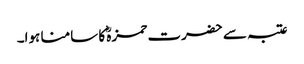
عتبہ سے حضرت حمزہؓ کا سامنا ہوا۔